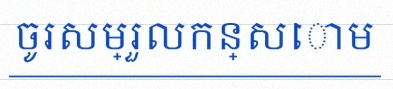
ចូរសម្រួលកន្សោម